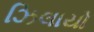
ઝિલાયો